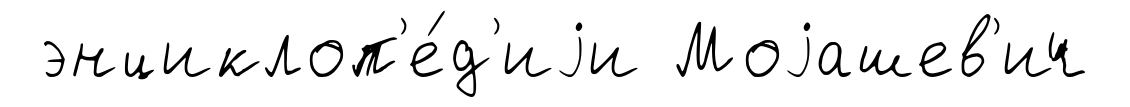
энциклоп'е́д'иjи Моjашев'ич